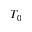
T _ { 0 }